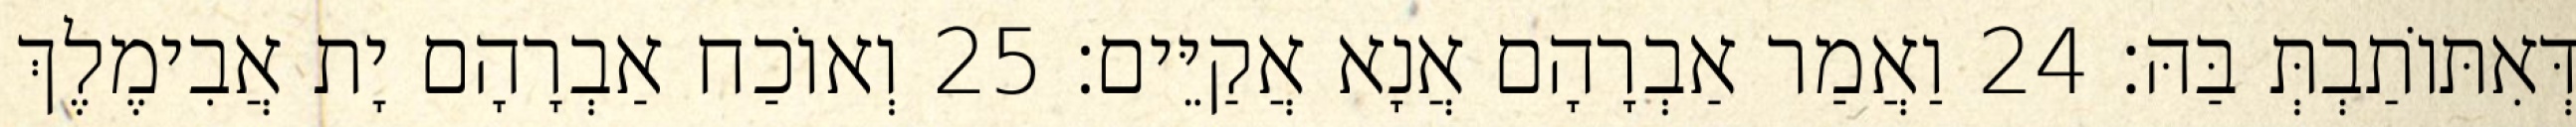
דְּאִתּוֹתַבְתְּ בַּהּ׃ 24 וַאֲמַר אַבְרָהָם אֲנָא אֲקַיֵּים׃ 25 וְאוֹכַח אַבְרָהָם יָת אֲבִימֶלֶךְ